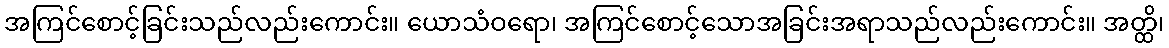
အကြင်စောင့်ခြင်းသည်လည်းကောင်း။ ယောသံဝရော၊ အကြင်စောင့်သောအခြင်းအရာသည်လည်းကောင်း။ အတ္ထိ၊